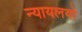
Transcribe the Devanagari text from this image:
न्यायलयो